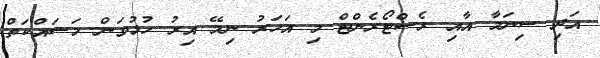
އަދި ސިނަމާ އާއި ރެސްޓޯރެންޓް މި އަހަރު ނިމޭ އިރު ހުޅުވަން މަސައްކަތް